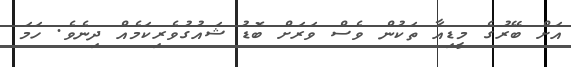
އަށް ބޭރުގެ މީޑިއާ ތަކުން ވެސް ވަރަށް ބޮޑު ޝައުގުވެރިކަމެއް ދިނެވެ. ހަމަ